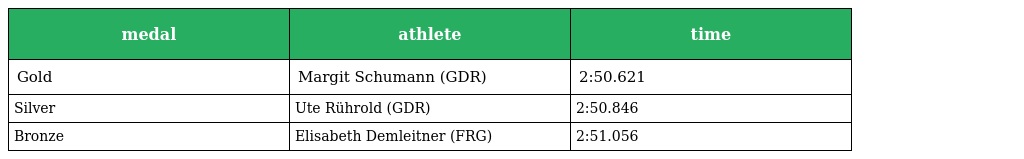
| medal | athlete | time |
 | --- | --- | --- |
 | Gold | Margit Schumann (GDR) | 2:50.621 |
 | Silver | Ute Rührold (GDR) | 2:50.846 |
 | Bronze | Elisabeth Demleitner (FRG) | 2:51.056 |